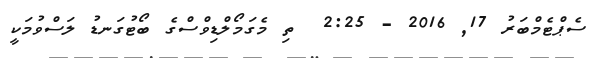
ސެޕްޓެމްބަރު 17